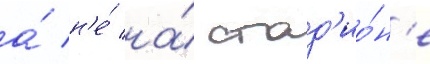
а́ н'е́ на́ стад'ио́н'е